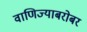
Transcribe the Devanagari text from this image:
वाणिज्याबरोबर